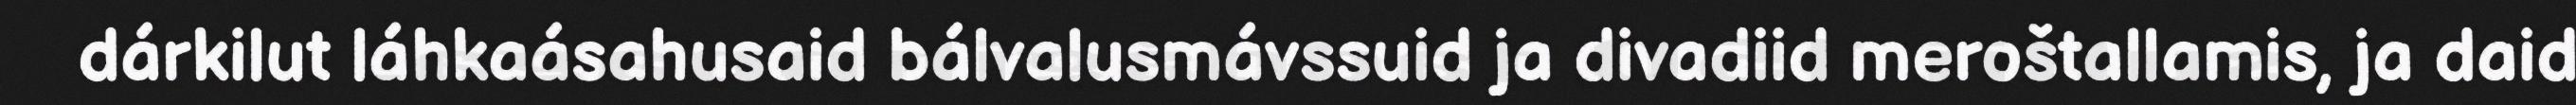
dárkilut láhkaásahusaid bálvalusmávssuid ja divadiid meroštallamis, ja daid